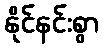
နိုင်နင်းစွာ